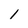
Character: 1